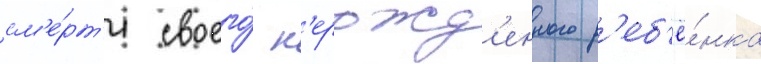
см'е́рт'и своего́ н'ерожд'енного р'еб'ё́нка